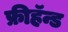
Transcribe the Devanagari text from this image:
फ्रीहॅन्ड